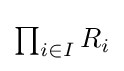
{\textstyle \prod _{i\in I}R_{i}}